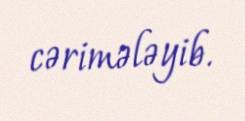
cərimələyib.